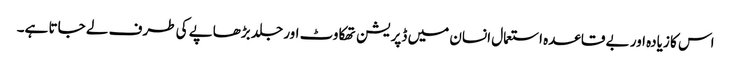
اس کا زیادہ اور بے قاعدہ استعمال انسان میں ڈپریشن تھکاوٹ اور جلد بڑھاپے کی طرف لے جاتا ہے۔